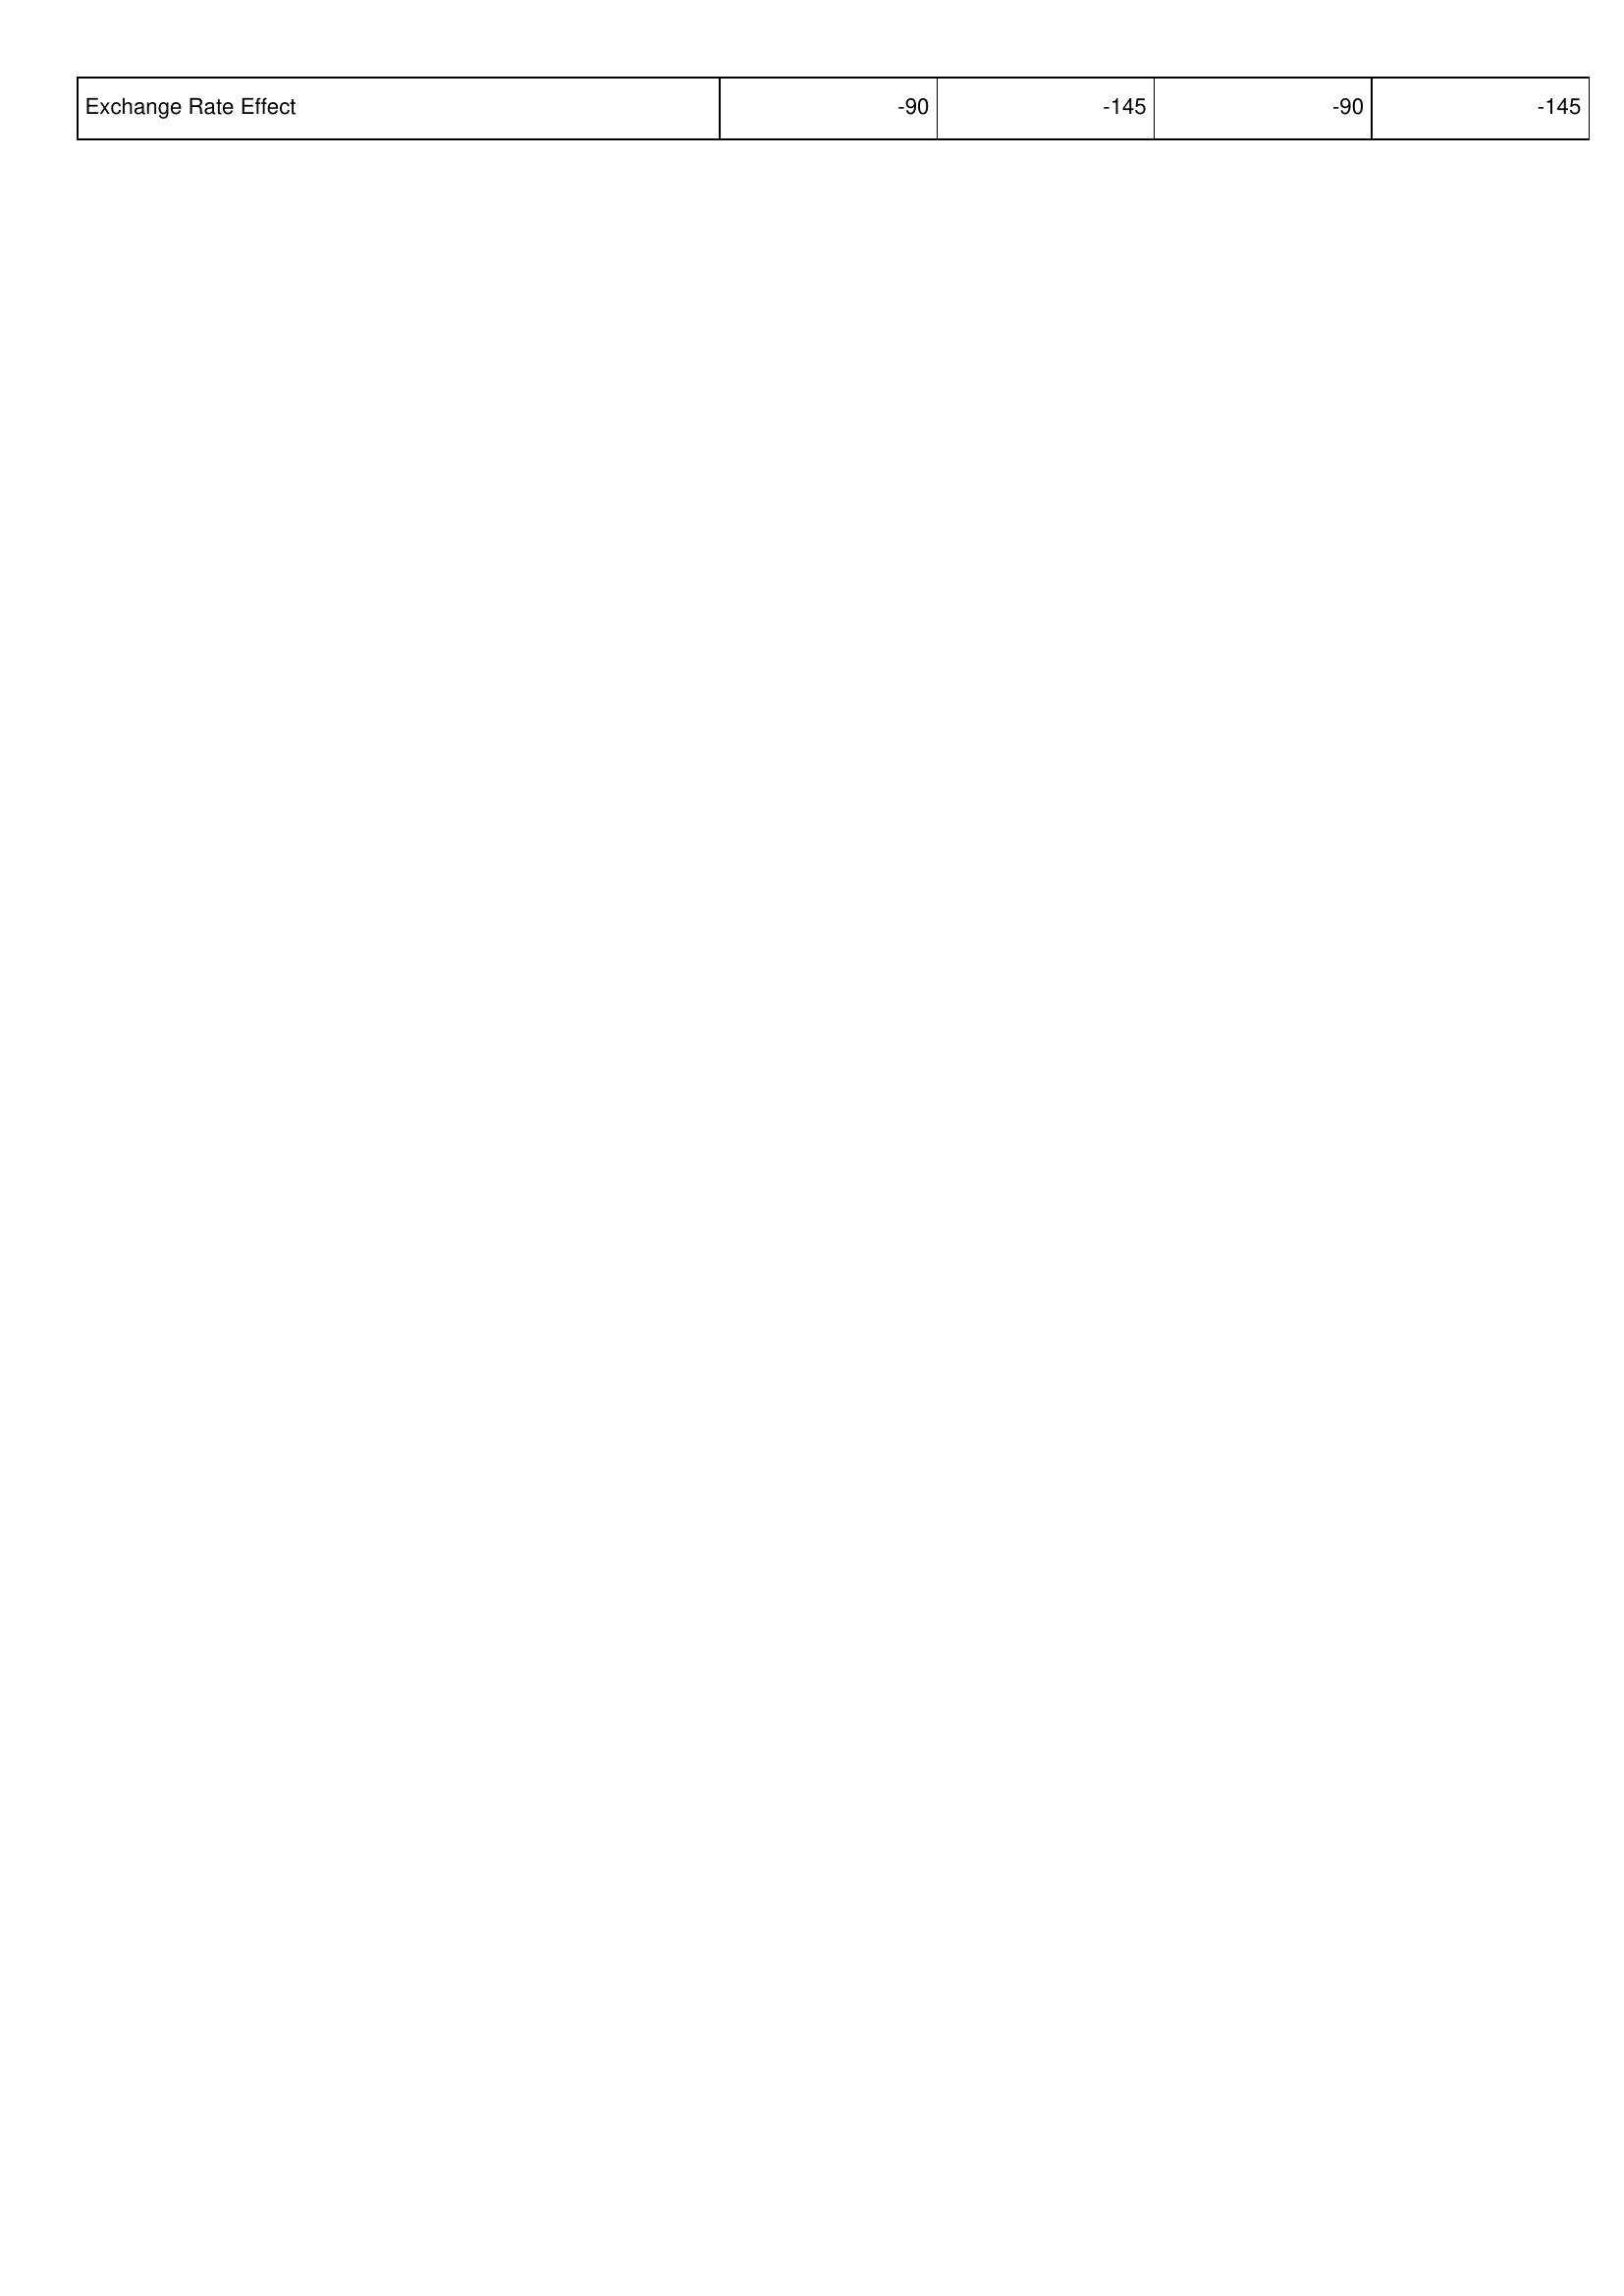
2010: Financing Activities: Exchange Rate Effect: -90
2011: Financing Activities: Exchange Rate Effect: -145
2012: Financing Activities: Exchange Rate Effect: -90
2013: Financing Activities: Exchange Rate Effect: -145